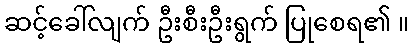
ဆင့်ခေါ်လျက် ဦးစီးဦးရွက် ပြုစေရ၏ ။